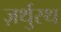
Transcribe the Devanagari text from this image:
ज़र्थुस्थ